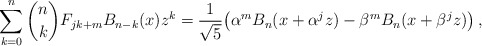
\begin{align*}\sum_{k = 0}^n {\binom nkF_{jk + m} B_{n - k} (x)z^k } =\frac{1}{\sqrt5}\big( \alpha^m B_n(x + \alpha ^j z) -\beta^m B_n (x + \beta ^j z)\big)\,,\end{align*}